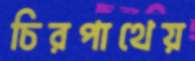
চিরপাথেয়